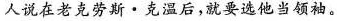
人说在老克劳斯·克温后，就要选他当领袖。